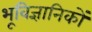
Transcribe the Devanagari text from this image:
भूविज्ञानिकों